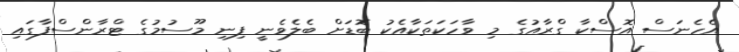
އެހެނަސް އޮސްކާ ގްރާއުގެ މި ވާހަކަތަކާއެކު ބޮޑަށް ބެލެވެނީ ފިނި މޫސުމުގެ ޓްރާންސްފާގައި